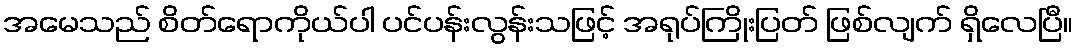
အမေသည် စိတ်ရောကိုယ်ပါ ပင်ပန်းလွန်းသဖြင့် အရုပ်ကြိုးပြတ် ဖြစ်လျက် ရှိလေပြီ။